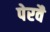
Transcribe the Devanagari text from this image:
पेरवै